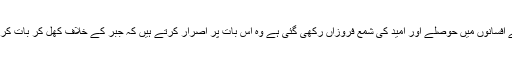
سلطان جمیل نسیم کے افسانوں میں حوصلے اور امید کی شمع فروزاں رکھی گئی ہے وہ اس بات پر اصرار کرتے ہیں کہ جبر کے خلاف کھل کر بات کرنا اقتضائے وقت ہے۔